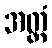
အတ္တံ